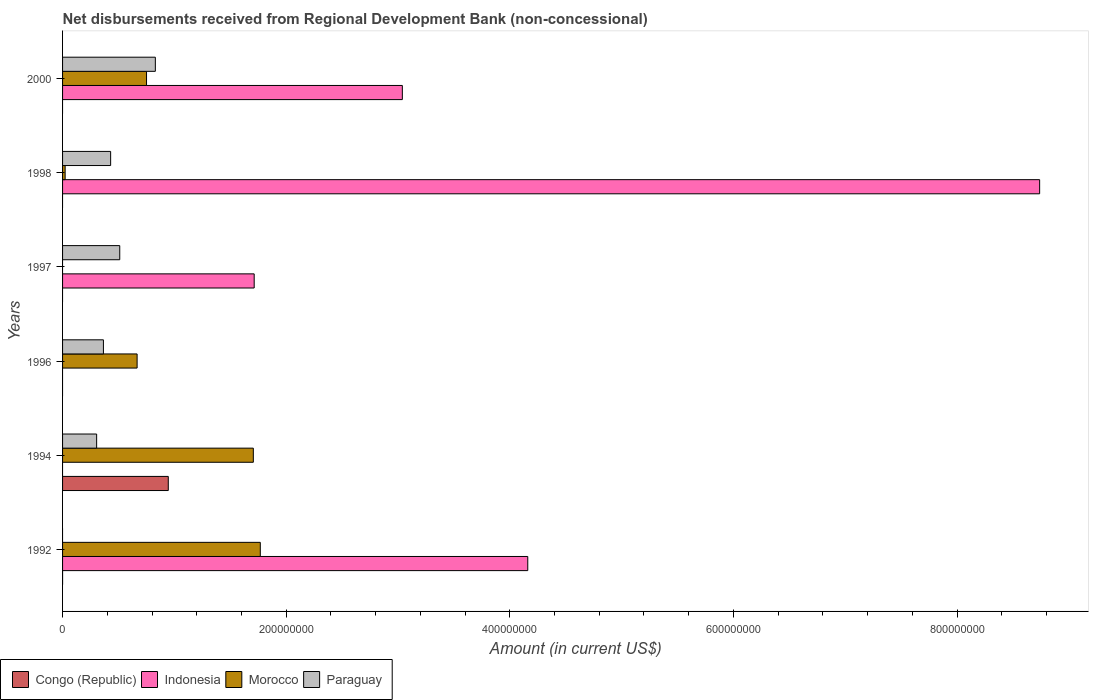
| Years | Congo (Republic) | Indonesia | Morocco | Paraguay |
 | --- | --- | --- | --- | --- |
 | 1992 | -8e+03 | 4.16e+08 | 1.77e+08 | -1.4e+07 |
 | 1994 | 9.46e+07 | -7.11e+06 | 1.71e+08 | 3.05e+07 |
 | 1996 | -7.28e+06 | -8.34e+08 | 6.67e+07 | 3.65e+07 |
 | 1997 | -1.39e+07 | 1.71e+08 | -1.5e+08 | 5.11e+07 |
 | 1998 | -3.59e+06 | 8.74e+08 | 2.3e+06 | 4.3e+07 |
 | 2000 | -1.74e+06 | 3.04e+08 | 7.51e+07 | 8.3e+07 |